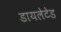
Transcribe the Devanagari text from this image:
डायलेटेड